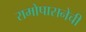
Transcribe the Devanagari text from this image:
रामोपासनेची